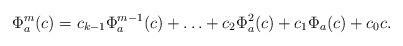
LaTeX: \begin{align*}\Phi_a^m(c) = c_{k-1}\Phi_a^{m-1}(c) + \ldots + c_{2}\Phi_a^{2}(c)+c_1\Phi_a(c)+c_0c.\end{align*}